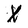
Character: X